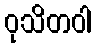
ဝုသိတဝါ